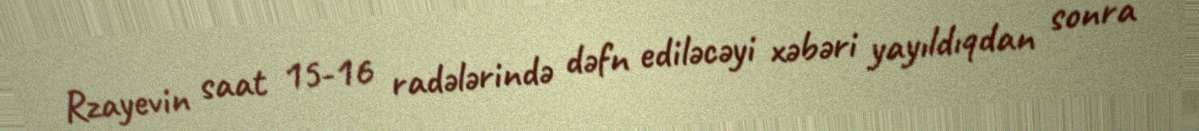
Rzayevin saat 15-16 radələrində dəfn ediləcəyi xəbəri yayıldıqdan sonra